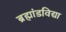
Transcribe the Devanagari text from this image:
ब्रह्मांडविद्या